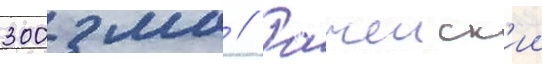
300 мм // Рачеиск'ии